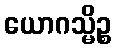
ယောဂသ္မိဉ္စ